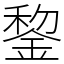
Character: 錅